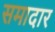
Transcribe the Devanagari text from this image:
समादार